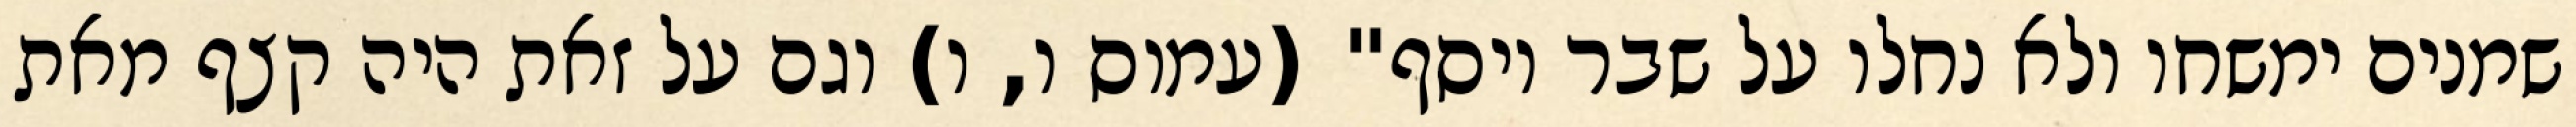
שמנים ימשחו ולא נחלו על שבר יוסף" (עמוס ו, ו) וגם על זאת היה קצף מאת